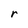
Character: r